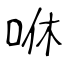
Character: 咻